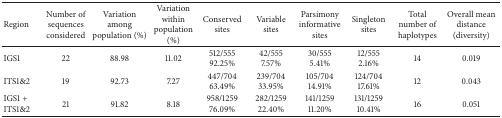
<table><thead><tr><td><b>Region</b></td><td><b>Number of sequences considered</b></td><td><b>Variation among population (%)</b></td><td><b>Variation within population (%)</b></td><td><b>Conserved sites</b></td><td><b>Variable sites</b></td><td><b>Parsimony informative sites</b></td><td><b>Singleton sites</b></td><td><b>Total number of haplotypes</b></td><td><b>Overall mean distance (diversity)</b></td></tr></thead><tbody><tr><td>IGS1</td><td>22</td><td>88.98</td><td>11.02</td><td>512/555 92.25%</td><td>42/555 7.57%</td><td>30/555 5.41%</td><td>12/555 2.16%</td><td>14</td><td>0.019</td></tr><tr><td>ITS1&amp;2</td><td>19</td><td>92.73</td><td>7.27</td><td>447/704 63.49%</td><td>239/704 33.95%</td><td>105/704 14.91%</td><td>124/704 17.61%</td><td>12</td><td>0.043</td></tr><tr><td>IGS1 + ITS1&amp;2</td><td>21</td><td>91.82</td><td>8.18</td><td>958/1259 76.09%</td><td>282/1259 22.40%</td><td>141/1259 11.20%</td><td>131/1259 10.41%</td><td>16</td><td>0.051</td></tr></tbody></table>